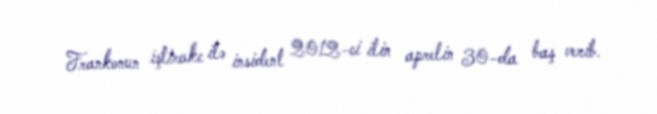
Frankonun iştirakı ilə insident 2012-ci ilin aprelin 30-da baş verib.